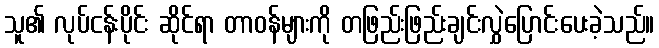
သူ၏ လုပ်ငန်းပိုင်း ဆိုင်ရာ တာဝန်များကို တဖြည်းဖြည်းချင်းလွှဲပြောင်းပေးခဲ့သည်။